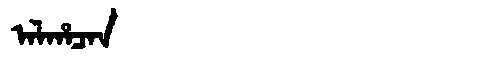
Manchu: ᠠᠯᡥᠠᠴᠠᠨ
Romanization: ALHACAN